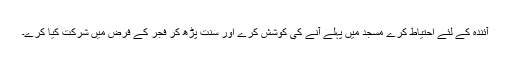
آئندہ کے لئے احتیاط کرے مسجد میں پہلے آنے کی کوشش کرے اور سنت پڑھ کر فجر کے فرض میں شرکت کیا کرے۔